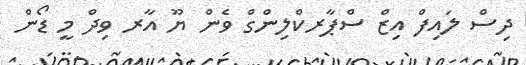
ދިސް ލައިފް އިޒް ސްޕާރކްލިންގް ވެން ޔޫ އާރ ވިދް މީ ޑޯން